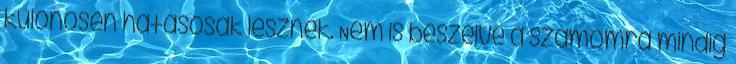
különösen hatásosak lesznek. Nem is beszélve a számomra mindig